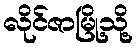
လိုင်ဇာမြို့သို့